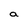
Character: a